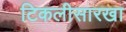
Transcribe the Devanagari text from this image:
टिकलीसारखा